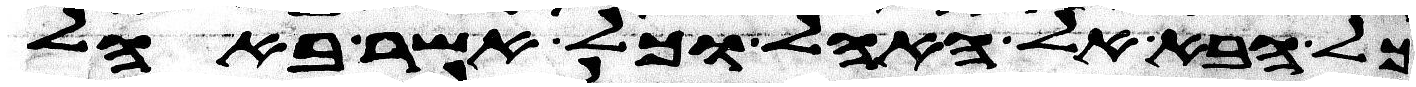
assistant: כל הבא אל האהל וכל אשר באהל